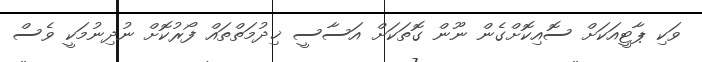
ވަކި ޕާޓީއަކަށް ސޮއިކޮށްގެން ނޫން ގޮތަކަށް އަސާސީ ޚިދުމަތްތައް ފޯރުކޮށް ނުދިނުމަކީ ވެސް